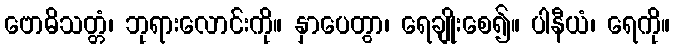
ဗောဓိသတ္တံ၊ ဘုရားလောင်းကို။ နှာပေတွာ၊ ရေချိုးစေ၍။ ပါနီယံ၊ ရေကို။